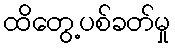
ထိတွေ့ပစ်ခတ်မှု